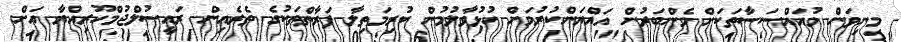
މިނިވަން މުއައްސަސާތަކަށް މެންބަރުން އައްޔަންކުރުމަށް ހުޅުވާލުމުން ކުރިމަތިލާ ފަރާތްތަކުގެ ތެރެއިން ރައީސުލްޖުމްހޫރިއްޔާ އަށް